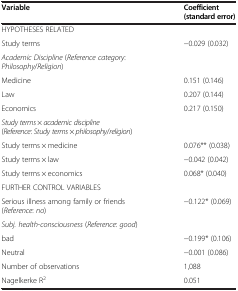
| Variable | Coefficient (standard error) |
 | --- | --- |
 | <COLSPAN=2> HYPOTHESES RELATED |
 | Study terms | −0.029 (0.032) |
 | <COLSPAN=2> Academic Discipline (Reference category: Philosophy/Religion) |
 | Medicine | 0.151 (0.146) |
 | Law | 0.207 (0.144) |
 | Economics | 0.217 (0.150) |
 | <COLSPAN=2> Study terms × academic discipline (Reference: Study terms × philosophy/religion) |
 | Study terms × medicine | 0.076** (0.038) |
 | Study terms × law | −0.042 (0.042) |
 | Study terms × economics | 0.068* (0.040) |
 | <COLSPAN=2> FURTHER CONTROL VARIABLES |
 | Serious illness among family or friends (Reference: no) | −0.122* (0.069) |
 | <COLSPAN=2> Subj. health-consciousness (Reference: good) |
 | bad | −0.199* (0.106) |
 | Neutral | −0.001 (0.086) |
 | Number of observations | 1,088 |
 | Nagelkerke R2 | 0.051 |